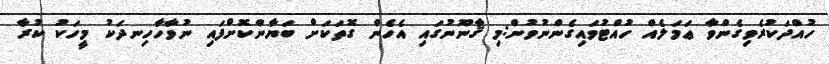
ހުއްދަކުރެވިގެންވާ ޢަމަލެއް ހުއްޓުވައިގެންނުވުން:މި ޤާނޫނުގައި އެހެން ގޮތަކަށް ބަޔާންކޮށްފައި ނުވާހާހިނދަކު މީހަކު ކުރާ